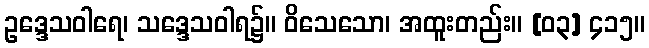
ဥဒ္ဒေသဝါရေ၊ သဒ္ဒေသဝါရ၌။ ဝိသေသော၊ အထူးတည်း။ [၀၃] ၄၁၅။